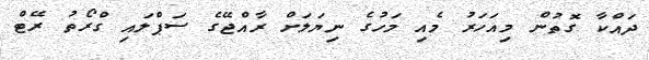
ދައްކާ ގޮތުން މިއަހަރު މެއި މަހުގެ ނިޔަލަށް ރާއްޖޭގެ ސަޕްލައި ގްރޯތު ރޭޓް